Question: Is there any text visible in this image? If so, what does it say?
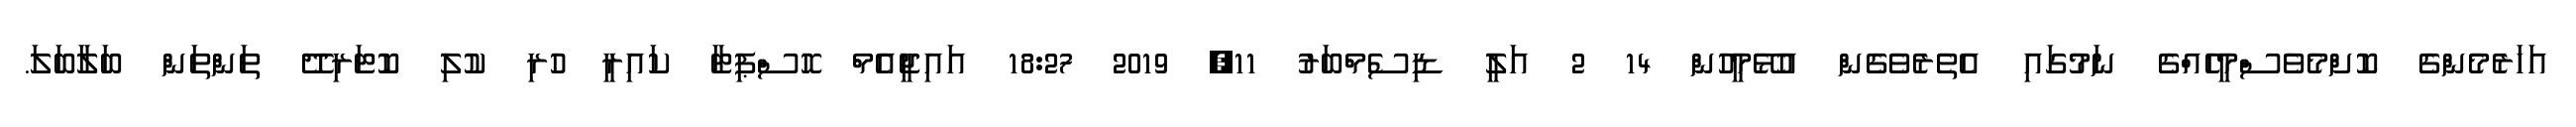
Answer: އަހަރެމެންގެ ކޮށްމެވެސްމީހެއްގެ ނަމުގައި އެތެރެވެގެން އުޅޭމީހުން 14 2 އަލީ ޑިސެމްބަރު 11, 2019 18:27 އައިޖީއެމް ހޮސްޕިޓާ ކައިރީ ހުރި ކުލި ކޮޓަރިދޭ ތަންތަން ބަލާބަލަ.